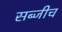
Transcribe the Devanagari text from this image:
सब्जीच